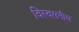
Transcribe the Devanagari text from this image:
विस्वसनीय